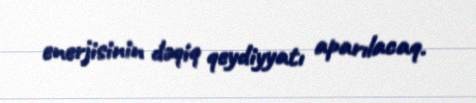
enerjisinin dəqiq qeydiyyatı aparılacaq.